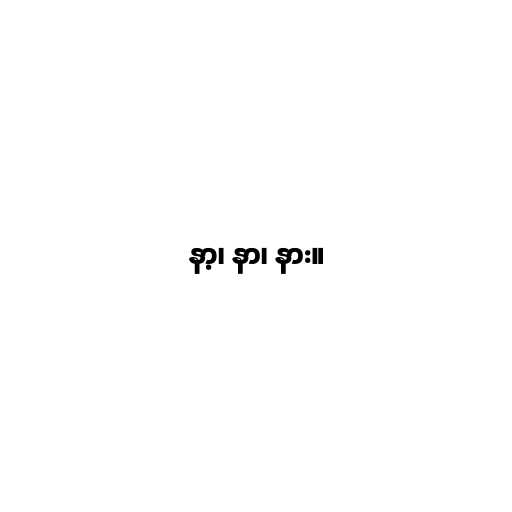
နာ့၊ နာ၊ နား။